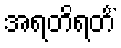
အရတိရတိံ